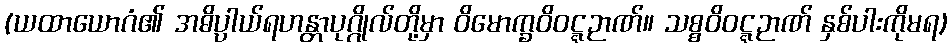
(ယထာယောဂံ၏ အဓိပ္ပါယ်ရဟန္တာပုဂ္ဂိုလ်တို့မှာ ဝိမောက္ခဝိဝဋ္ဋဉာဏ်။ သစ္စဝိဝဋ္ဋဉာဏ် နှစ်ပါးကိုမရ)